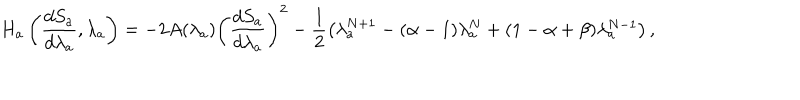
H _ { a } \left( \frac { d S _ { a } } { d \lambda _ { a } } , \lambda _ { a } \right) = - 2 A ( \lambda _ { a } ) \left( \frac { d S _ { a } } { d \lambda _ { a } } \right) ^ { 2 } - \frac { 1 } { 2 } \left( \lambda _ { a } ^ { N + 1 } - ( \alpha - 1 ) \lambda _ { a } ^ { N } + ( 1 - \alpha + \beta ) \lambda _ { a } ^ { N - 1 } \right) ,